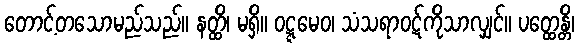
တောင့်တသောမည်သည်။ နတ္ထိ၊ မရှိ။ ဝဋ္ဋမေဝ၊ သံသရာဝဋ်ကိုသာလျှင်။ ပတ္ထေန္တိ၊